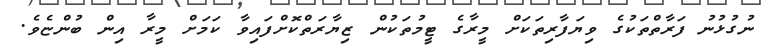
ނުގުޅުނު ފަރާތްތަކުގެ ވިޔަފާރިތަކަށް މީރާގެ ޓީމުތަކުން ޒިޔާރަތްކޮށްފައިވާ ކަމަށް މީރާ އިން ބުންޏެވެ.